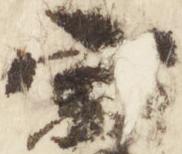
宗